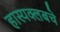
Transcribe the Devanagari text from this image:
हास्यक्लबचे